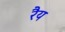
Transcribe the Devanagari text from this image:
रैय